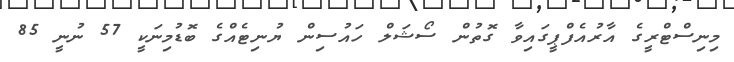
މިނިސްޓްރީގެ އާރުއެފްޕީގައިވާ ގޮތުން ސޯޝަލް ހައުސިން ޔުނިޓެއްގެ ބޮޑުމިނަކީ 57 ނުނީ 85